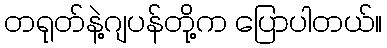
တရုတ်နဲ့ဂျပန်တို့က ပြောပါတယ်။